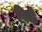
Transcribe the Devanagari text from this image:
पिदी